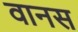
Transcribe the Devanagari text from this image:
वानस